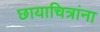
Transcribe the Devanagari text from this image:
छायाचित्रांना